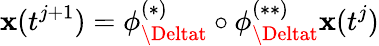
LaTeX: \mathbf{x}(t^{j+1})=\phi_{\Deltat}^{(*)}\circ\phi_{\Deltat}^{(**)}\mathbf{x}(t^{j})